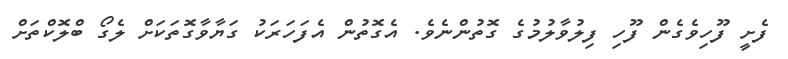
ފެށީ ފޫހިވެގެން ފޫހި ފިލުވާލުމުގެ ގޮތުންނެވެ. އެގޮތުން އެފަހަރަކު ގަޔާވާގޮތަކަށް ލެގޯ ބްލޮކްތަށް